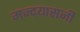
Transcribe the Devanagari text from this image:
मज्दयासनी